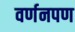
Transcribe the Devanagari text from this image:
वर्णनपण